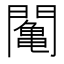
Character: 䦰